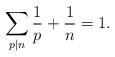
LaTeX: \begin{align*} \sum_{p \mid n} \frac{1}{p}+\frac{1}{n} =1.\end{align*}